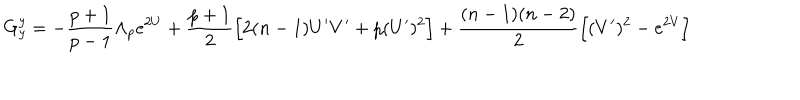
LaTeX: G _ { y } ^ { y } = - \frac { p + 1 } { p - 1 } \Lambda _ { p } e ^ { 2 U } + \frac { p + 1 } { 2 } \Big [ 2 ( n - 1 ) U ^ { \prime } V ^ { \prime } + p ( U ^ { \prime } ) ^ { 2 } \Big ] + \frac { ( n - 1 ) ( n - 2 ) } { 2 } \Big [ ( V ^ { \prime } ) ^ { 2 } - e ^ { 2 V } \Big ]